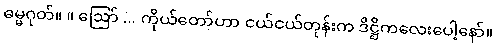
ဓမ္မဂုတ်။ ။ ဩော် ... ကိုယ်တော်ဟာ ငယ်ငယ်တုန်းက ဒိဋ္ဌိကလေးပေါ့နော်။